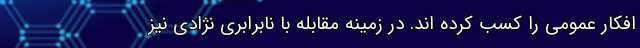
افکار عمومی را کسب کرده اند. در زمینه مقابله با نابرابری نژادی نیز